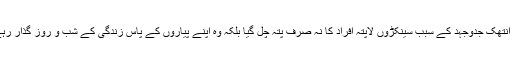
ان کی انتھک جدوجہد کے سبب سینکڑوں لاپتہ افراد کا نہ صرف پتہ چل گیا بلکہ وہ اپنے پیاروں کے پاس زندگی کے شب و روز گذار رہے ہیں۔